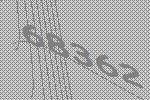
68362